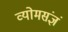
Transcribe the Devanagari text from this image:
व्योमसंज्ञं